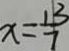
x = \frac { 1 3 } { 7 }